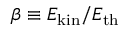
\beta \equiv E _ { \mathrm { k i n } } / E _ { \mathrm { t h } }